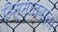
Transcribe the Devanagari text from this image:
हिम्मातवाला